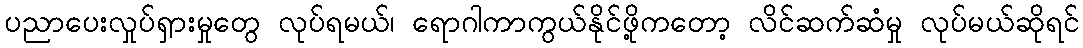
ပညာပေးလှုပ်ရှားမှုတွေ လုပ်ရမယ်၊ ရောဂါကာကွယ်နိုင်ဖို့ကတော့ လိင်ဆက်ဆံမှု လုပ်မယ်ဆိုရင်